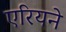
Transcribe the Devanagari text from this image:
एरियने